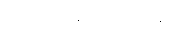
သမဏသေယျာရူပံ